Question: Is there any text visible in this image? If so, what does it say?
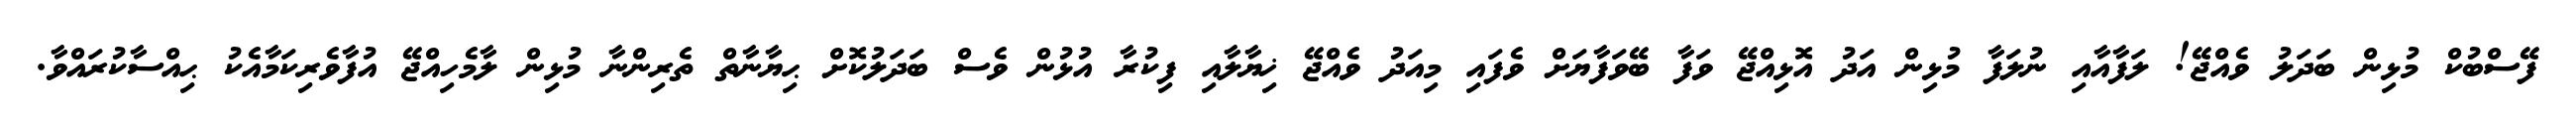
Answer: ފޭސްބުކް މުޅިން ބަދަލު ވެއްޖޭ! ލަފާއާއި ނުލަފާ މުޅިން އަދު އޮޅިއްޖޭ ވަފާ ބޭވަފާޔަށް ވެފައި މިއަދު ވެއްޖޭ ޚިޔާލާއި ފިކުރާ އުޅުން ވެސް ބަދަލުކޮށް ޙިޔާނާތް ތެރިންނާ މުޅިން ލާމެހިއްޖޭ އުފާވެރިކަމާއެކު ޙިއްސާކުރައްވާ.